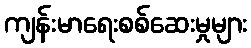
ကျန်းမာရေးစစ်ဆေးမှုများ